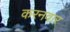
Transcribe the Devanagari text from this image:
करनवार